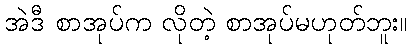
အဲဒီ စာအုပ်က လိုတဲ့ စာအုပ်မဟုတ်ဘူး။